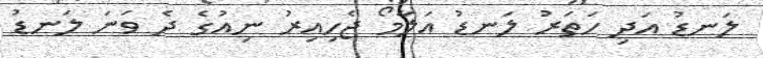
ލަނޑު އަދި ހަތަރު ލަނޑު އަލާމޯ ޖެހިއިރު ނިއުގެ ދެ ވަނަ ލަނޑު